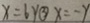
x = 6 y \textcircled { 3 } x = - y